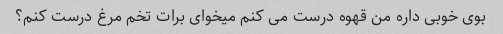
بوی خوبی داره من قهوه درست می کنم میخوای برات تخم مرغ درست کنم؟